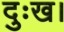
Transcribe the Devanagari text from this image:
दुःख।